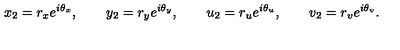
x _ { 2 } = r _ { x } e ^ { i \theta _ { x } } , \qquad y _ { 2 } = r _ { y } e ^ { i \theta _ { y } } , \qquad u _ { 2 } = r _ { u } e ^ { i \theta _ { u } } , \qquad v _ { 2 } = r _ { v } e ^ { i \theta _ { v } } .